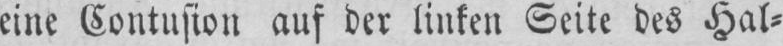
eine Contusion auf der liukcn Scite des Hal-